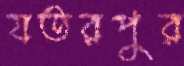
যতরপুর